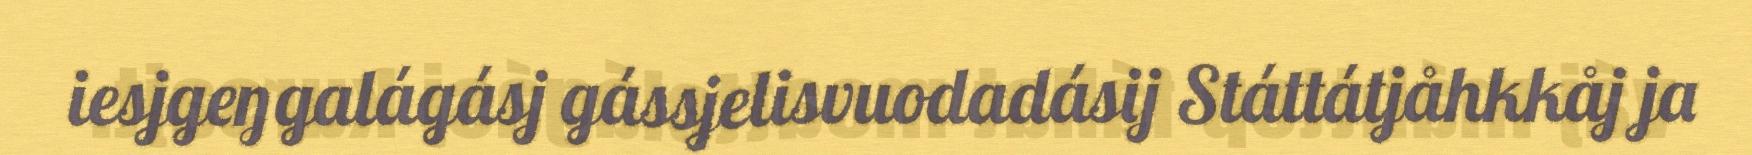
iesjgeŋgalágásj gássjelisvuodadásij Státtátjåhkkåj ja